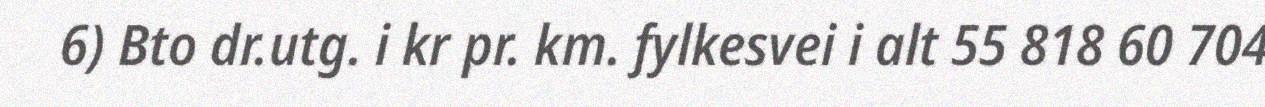
6) Bto dr.utg. i kr pr. km. fylkesvei i alt 55 818 60 704